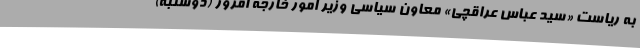
به ریاست «سید عباس عراقچی» معاون سیاسی وزیر امور خارجه امروز (دوشنبه)